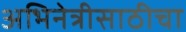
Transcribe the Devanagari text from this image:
अभिनेत्रीसाठीचा